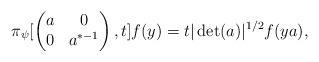
LaTeX: \begin{align*}\pi_{\psi}[ \begin{pmatrix} a& 0\\ 0 &a^{\ast -1 }\end{pmatrix},t]f(y)=t|\det(a)|^{1/2} f(ya),\end{align*}